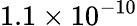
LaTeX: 1.1\times 10^{-10}